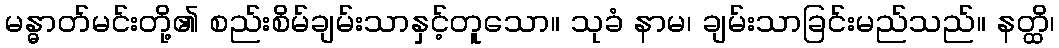
မန္ဓာတ်မင်းတို့၏ စည်းစိမ်ချမ်းသာနှင့်တူသော။ သုခံ နာမ၊ ချမ်းသာခြင်းမည်သည်။ နတ္ထိ၊